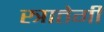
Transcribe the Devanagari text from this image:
स्त्रातेगी